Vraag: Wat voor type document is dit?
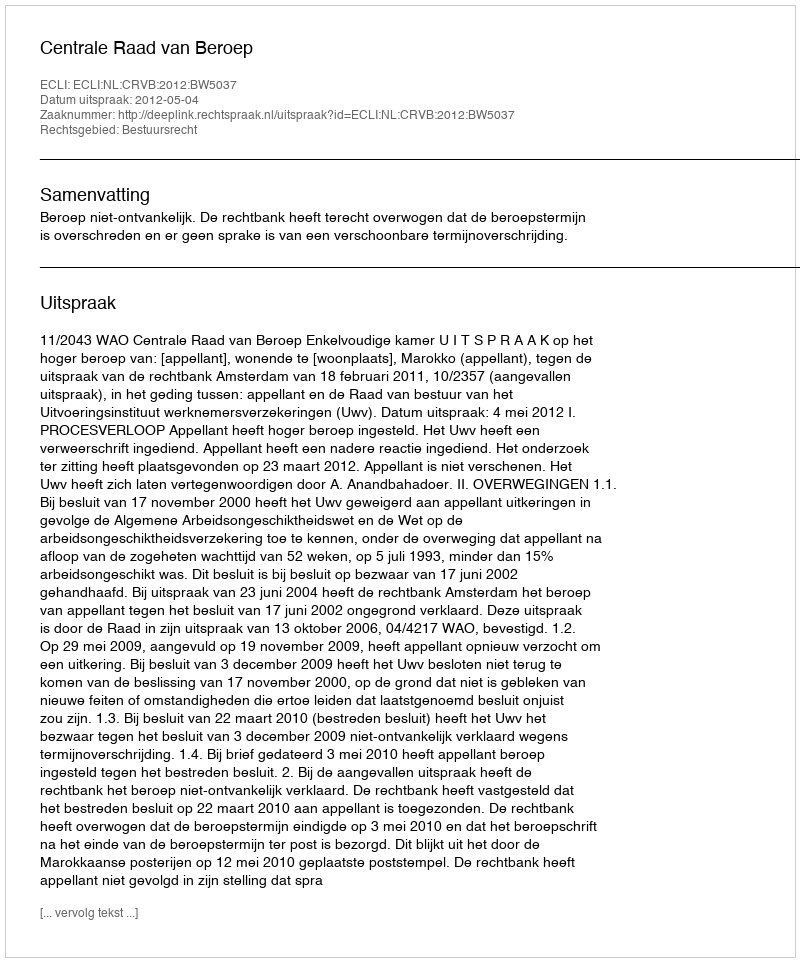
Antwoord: Uitspraak